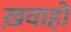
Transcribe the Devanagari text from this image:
ख़वाहों